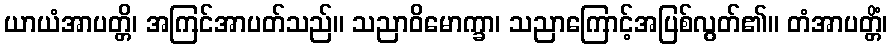
ယာယံအာပတ္တိ၊ အကြင်အာပတ်သည်။ သညာဝိမောက္ခာ၊ သညာကြောင့်အပြစ်လွတ်၏။ တံအာပတ္တိံ၊